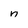
Character: n